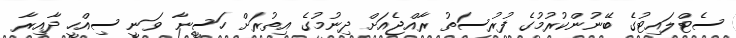
ސެޓްލައިޓުގެ ބޭނުންކުރުމުގެ ފުރުސަތު ރާއްޖެއަށް ދިނުމުގެ އިތުރަށް ހަސީނާ ވަނީ ސިއްހީ ދާއިރާ